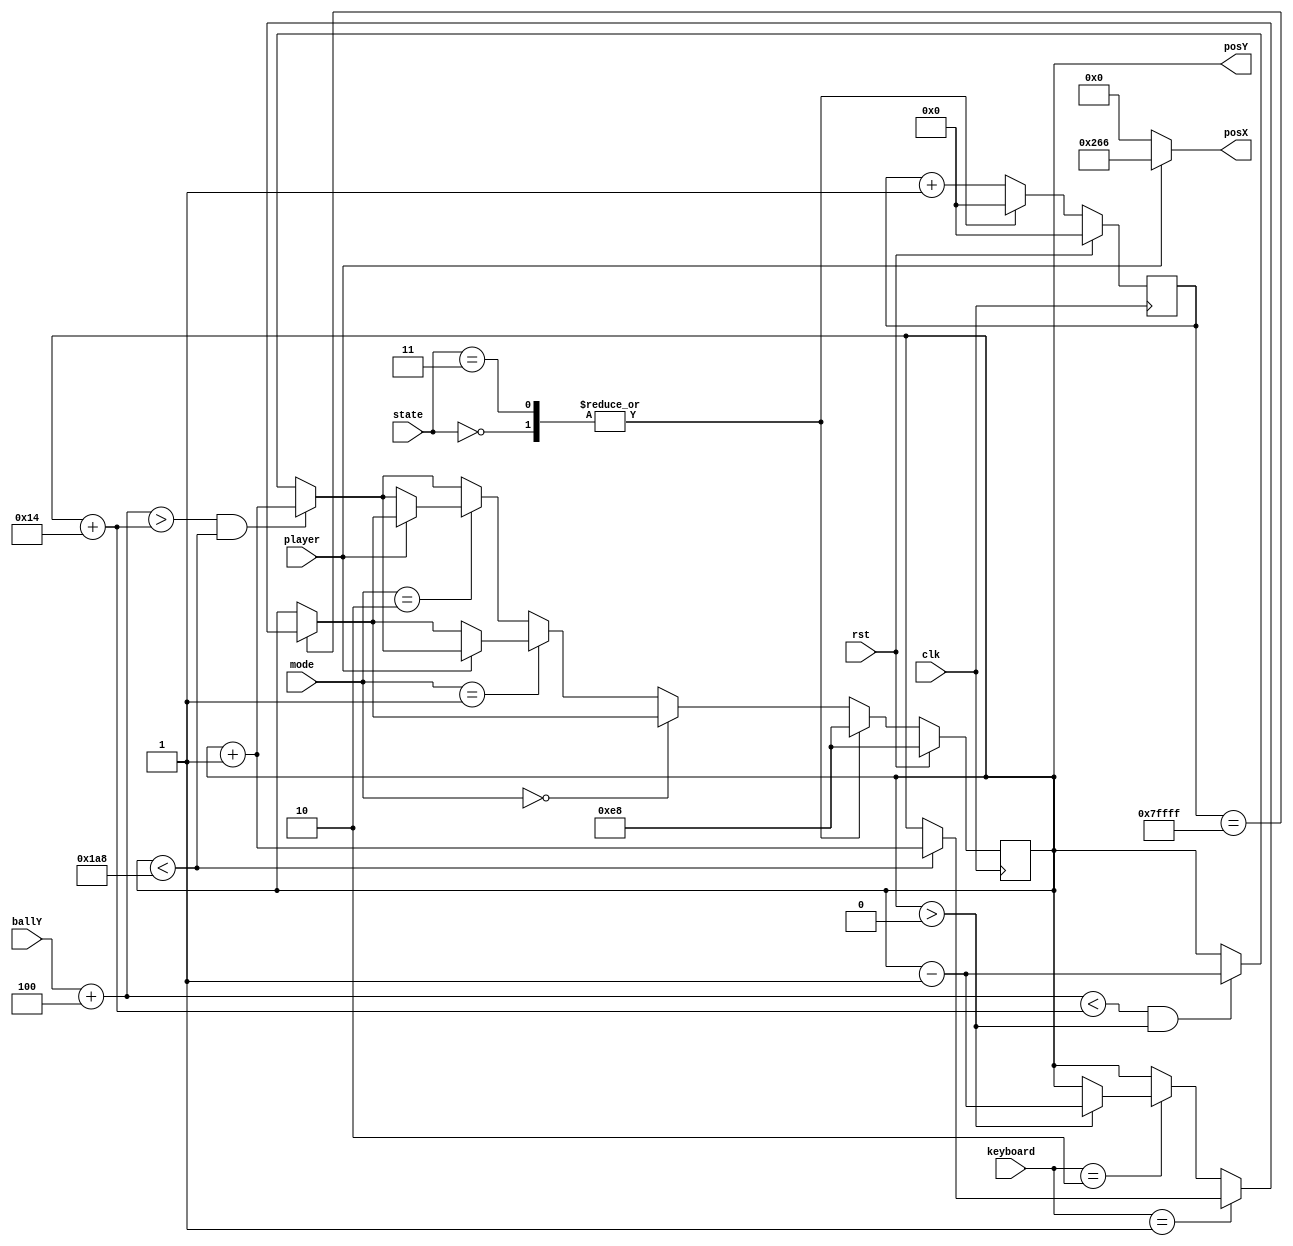
// state
`define START 2'b00
`define SERVE 2'b01
`define PLAY 2'b10
`define DONE 2'b11

`define PP 2'b00
`define PA 2'b01
`define AP 2'b10
`define AA 2'b11

module Player(clk, rst, state, mode, keyboard, ballY, player, posX, posY);

// declare input output
input clk, rst, player;
input [1:0] state;
input [1:0] mode;
input [1:0] keyboard;
//input [9:0] ballX;
input [9:0] ballY;
output wire [9:0] posX;
output reg [8:0] posY;

reg [18:0] counter, next_counter;
reg [8:0] nextPosY;

assign posX = (player == 1'b1) ? 10'd614: 9'd0;

always @(posedge clk) begin
    if(rst==1'b1) begin
        posY <= 9'd232;
        counter <= 19'd0;
    end
    else begin
        posY <= nextPosY;
        counter <= next_counter;
    end
end

// player movement
always @(*) begin
    case(state) 
        `START: begin
            nextPosY = 9'd232;
            next_counter =19'd0;
        end
        `DONE: begin
            nextPosY = 9'd232;
            next_counter = 19'd0;
        end
        default: begin
            next_counter = counter + 1'b1;

            if(mode==`PP) begin
                if(counter==19'b111_1111_1111_1111_1111) begin
                    if(keyboard==2'b01) begin
                        if(posY < 9'd424) begin
                            nextPosY = posY + 1'b1;
                        end
                        else begin
                            nextPosY = posY;
                        end
                    end
                    else if(keyboard==2'b10) begin
                        if(posY > 9'd0) begin
                            nextPosY = posY - 1'b1;
                        end
                        else begin
                            nextPosY = posY;
                        end
                    end
                    else begin
                        nextPosY = posY;
                    end
                end
                else begin
                    nextPosY = posY;
                end
            end
            else if(mode==`PA) begin
                if(player==1'b0) begin
                    if(counter==19'b111_1111_1111_1111_1111) begin
                        if(keyboard==2'b01) begin
                            if(posY < 9'd424) begin
                                nextPosY = posY + 1'b1;
                            end
                            else begin
                                nextPosY = posY;
                            end
                        end
                        else if(keyboard==2'b10) begin
                            if(posY > 9'd0) begin
                                nextPosY = posY - 1'b1;
                            end
                            else begin
                                nextPosY = posY;
                            end
                        end
                        else begin
                            nextPosY = posY;
                        end
                    end
                    else begin
                        nextPosY = posY;
                    end
                end
                else begin
                    if(ballY+4>posY+20 && posY < 9'd424) begin
                        nextPosY = posY + 1;
                    end
                    else if(ballY+4<posY+20 && posY > 9'd0) begin
                        nextPosY = posY - 1;
                    end
                    else begin
                        nextPosY = posY;
                    end
                end
            end
            else if(mode==`AP) begin
                if(player==1'b1) begin
                    if(counter==19'b111_1111_1111_1111_1111) begin
                        if(keyboard==2'b01) begin
                            if(posY < 9'd424) begin
                                nextPosY = posY + 1'b1;
                            end
                            else begin
                                nextPosY = posY;
                            end
                        end
                        else if(keyboard==2'b10) begin
                            if(posY > 9'd0) begin
                                nextPosY = posY - 1'b1;
                            end
                            else begin
                                nextPosY = posY;
                            end
                        end
                        else begin
                            nextPosY = posY;
                        end
                    end
                    else begin
                        nextPosY = posY;
                    end
                end
                else begin
                    if(ballY+4>posY+20 && posY < 9'd424) begin
                        nextPosY = posY + 1;
                    end
                    else if(ballY+4<posY+20 && posY > 9'd0) begin
                        nextPosY = posY - 1;
                    end
                    else begin
                        nextPosY = posY;
                    end
                end
            end
            else begin
                if(ballY+4>posY+20 && posY < 9'd424) begin
                    nextPosY = posY + 1;
                end
                else if(ballY+4<posY+20 && posY > 9'd0) begin
                    nextPosY = posY - 1;
                end
                else begin
                    nextPosY = posY;
                end
            end
        end
    endcase
end

endmodule